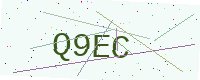
Text: Q9EC